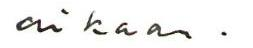
aikaan.